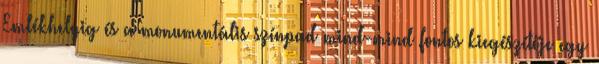
Emlékhelyig és a monumentális színpad mind-mind fontos kiegészítője egy